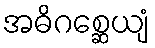
အဓိဂစ္ဆေယျံ